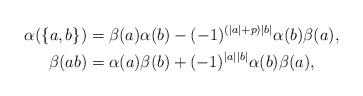
LaTeX: \begin{align*}\alpha(\{a, b\})&=\beta(a)\alpha(b)-(-1)^{(|a|+p)|b|}\alpha(b)\beta(a),\\\beta(ab)&=\alpha(a)\beta(b)+(-1)^{|a||b|}\alpha(b)\beta(a),\end{align*}